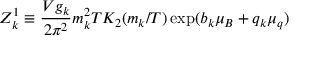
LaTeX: Z _ { k } ^ { 1 } \equiv { \frac { V g _ { k } } { 2 \pi ^ { 2 } } } m _ { k } ^ { 2 } T K _ { 2 } ( m _ { k } / T ) \exp ( b _ { k } \mu _ { B } + q _ { k } \mu _ { q } )